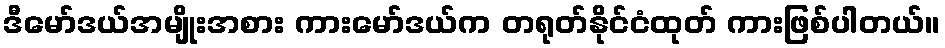
ဒီမော်ဒယ်အမျိုးအစား ကားမော်ဒယ်က တရုတ်နိုင်ငံထုတ် ကားဖြစ်ပါတယ်။